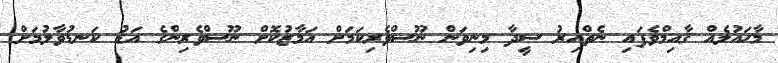
މާހައުލެއް ޤާއިމްވެފައި ނެތްއިރު ސީދާ މިނިވަން ނޫސްވެރިކަމަށް އަމާޒުކޮށް ނޫސްވެރިންގެ އަޑު ކަނޑުވާލުމަށް